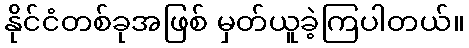
နိုင်ငံတစ်ခုအဖြစ် မှတ်ယူခဲ့ကြပါတယ်။